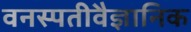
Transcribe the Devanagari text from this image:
वनस्पतीवैज्ञानिक